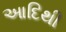
આદિથી